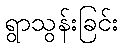
ရွာသွန်းခြင်း